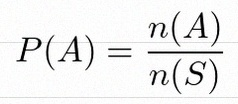
P(A)=\frac{n(A)}{n(S)}